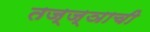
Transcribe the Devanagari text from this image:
तज्ज्ञाची